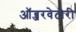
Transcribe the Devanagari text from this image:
ऑब्जरवेटोरी